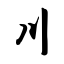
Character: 川